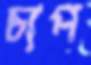
চাপ